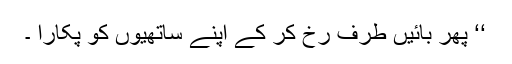
‘‘ پھر بائیں طرف رخ کر کے اپنے ساتھیوں کو پکارا ۔